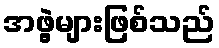
အဖွဲ့များဖြစ်သည်